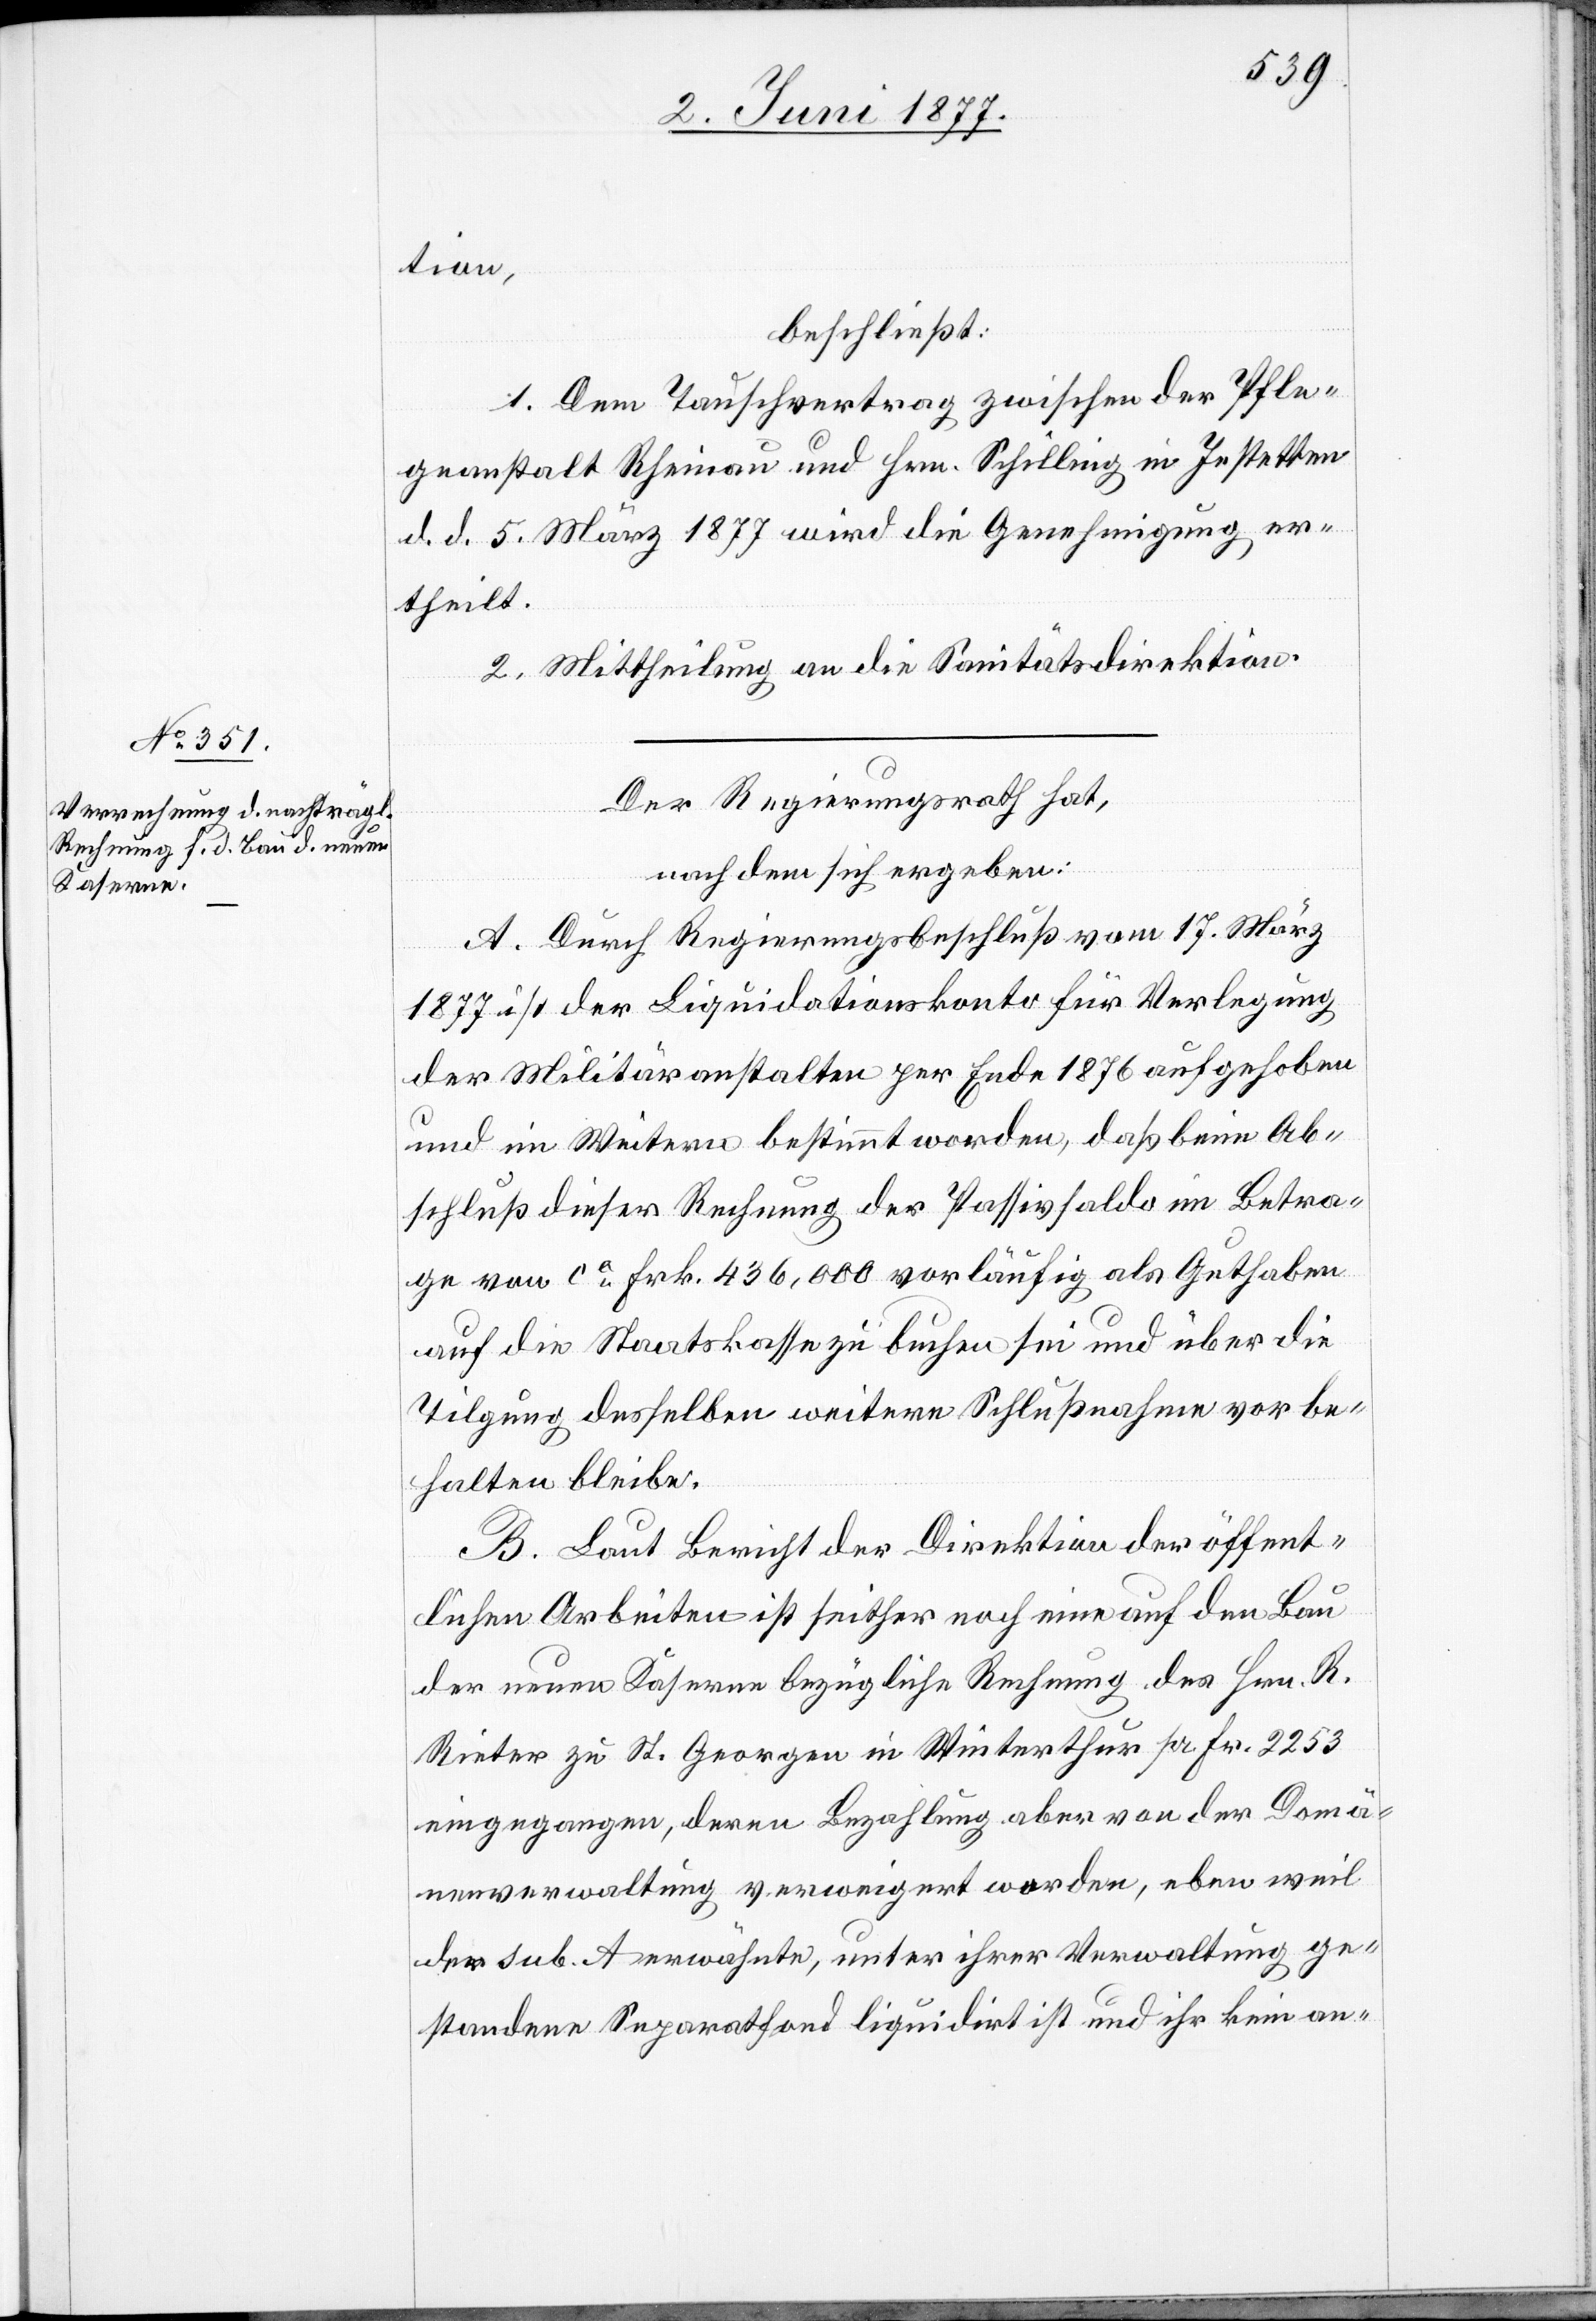
tion,
beschließt:
1. Dem Tauschvertrag zwischen der Pfle¬
geanstalt Rheinau und Hrn. Schilling in Jestetten
d. d. 5. März 1877 wird die Genehmigung er¬
theilt.
2. Mittheilung an die Sanitätsdirektion.
Der Regierungsrath hat,
nachdem sich ergeben:
A. Durch Regierungsbeschluß vom 17. März
1877 ist der Liquidationskonto für Verlegung
der Militäranstalten per Ende 1876 aufgehoben
und im Weitern bestimmt worden, daß beim Ab¬
schluß dieser Rechnung das Passivsaldo im Betra¬
ge von ca Frk. 436,000 vorläufig als Guthaben
auf die Staatskasse zu buchen sei und über die
Tilgung desselben weitere Schlußnahme vorbe¬
halten bleibe.
B. Laut Bericht der Direktion der öffent¬
lichen Arbeiten ist seither noch eine auf den Bau
der neuen Kaserne bezügliche Rechnung des Hrn. R.
Rieter zu St. Georgen in Winterthur pr. Fr. 2253
eingegangen, deren Bezahlung aber von der Domä¬
nenverwaltung verweigert worden, eben weil
der sub. A erwähnte, unter ihrer Verwaltung ge¬
standene Separatfond liquidirt ist und ihr kein an-